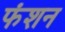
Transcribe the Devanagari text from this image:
फंशन